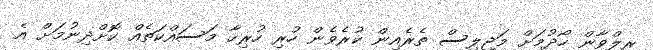
ރިލްވާން ހޯދުމަށް މަޖިލިސް ތެރެއިން ކުރެވެން ހުރި ހުރިހާ މަސައްކަތެއް ކޮށްދިނުމަށް އެ